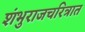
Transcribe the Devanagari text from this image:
शंभुराजचरित्रात